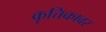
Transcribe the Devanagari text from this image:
कृत्तिकावर